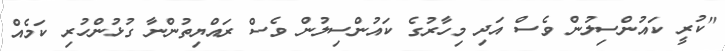
"ކުރީ ކައުންސިލުން ވެސް އަދި މިހާރުގެ ކައުންސިލުން ވެސް ރައްޔިތުންނާ ގުޅުންހުރި ކަމެއް